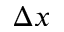
\Delta x